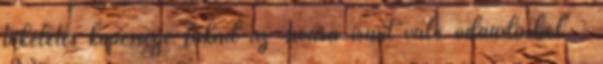
tökéletes képessége fakad az Isvara iránt való odaadásból" :